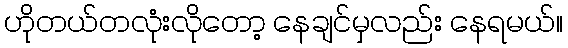
ဟိုတယ်တလုံးလိုတော့ နေချင်မှလည်း နေရမယ်။